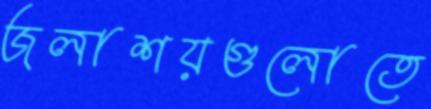
জলাশয়গুলোতে